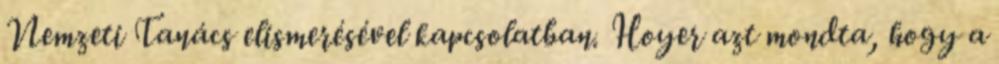
Nemzeti Tanács elismerésével kapcsolatban. Hoyer azt mondta, hogy a